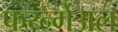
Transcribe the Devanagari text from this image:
फर्य्न्गेअल